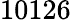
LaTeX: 10126